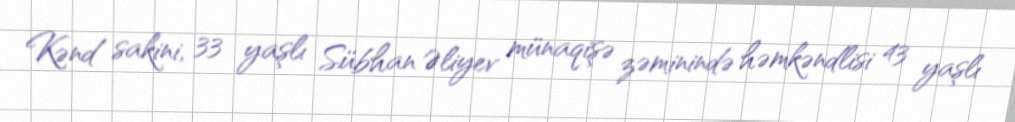
Kənd sakini, 33 yaşlı Sübhan Əliyev münaqişə zəminində həmkəndlisi 43 yaşlı